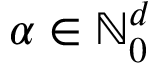
{ \boldsymbol { \alpha } } \in \ensuremath { \mathbb { N } } _ { 0 } ^ { d }